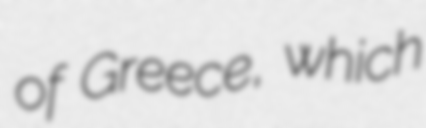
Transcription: of Greece, which